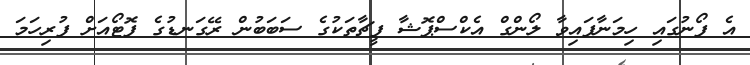
އެ ފޯނުގައި ހިމަނާފައިވާ ލޯންގް އެކްސްޕޮޝާ ފީޗާތަކުގެ ސަބަބުން ރޭގަނޑުގެ ފޮޓޯއަށް ފުރިހަމަ